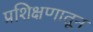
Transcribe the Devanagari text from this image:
प्रशिक्षणातून